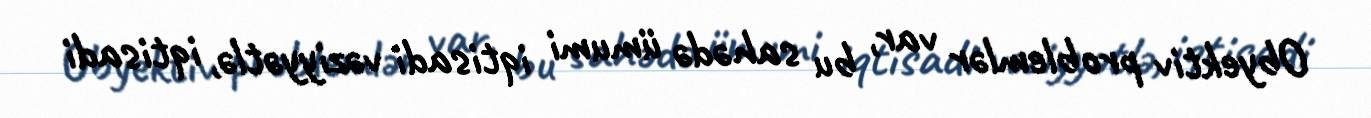
Obyektiv problemlər var, bu sahədə ümumi iqtisadi vəziyyətlə, iqtisadi